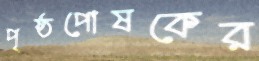
পৃষ্ঠপোষকের